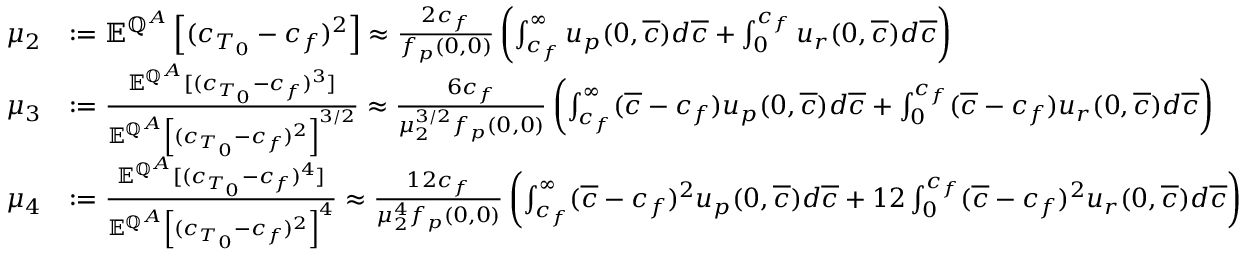
\begin{array} { r l } { \mu _ { 2 } } & { : = { \mathbb E } ^ { { \mathbb Q } ^ { A } } \left[ ( c _ { T _ { 0 } } - c _ { f } ) ^ { 2 } \right] \approx \frac { 2 c _ { f } } { f _ { p } ( 0 , 0 ) } \left( \int _ { c _ { f } } ^ { \infty } u _ { p } ( 0 , \overline { { c } } ) d \overline { { c } } + \int _ { 0 } ^ { c _ { f } } u _ { r } ( 0 , \overline { { c } } ) d \overline { { c } } \right) } \\ { \mu _ { 3 } } & { : = \frac { { \mathbb E } ^ { { \mathbb Q } ^ { A } } [ ( c _ { T _ { 0 } } - c _ { f } ) ^ { 3 } ] } { { \mathbb E } ^ { { \mathbb Q } ^ { A } } \left[ ( c _ { T _ { 0 } } - c _ { f } ) ^ { 2 } \right] ^ { 3 / 2 } } \approx \frac { 6 c _ { f } } { \mu _ { 2 } ^ { 3 / 2 } f _ { p } ( 0 , 0 ) } \left( \int _ { c _ { f } } ^ { \infty } ( \overline { { c } } - c _ { f } ) u _ { p } ( 0 , \overline { { c } } ) d \overline { { c } } + \int _ { 0 } ^ { c _ { f } } ( \overline { { c } } - c _ { f } ) u _ { r } ( 0 , \overline { { c } } ) d \overline { { c } } \right) } \\ { \mu _ { 4 } } & { : = \frac { { \mathbb E } ^ { { \mathbb Q } ^ { A } } [ ( c _ { T _ { 0 } } - c _ { f } ) ^ { 4 } ] } { { \mathbb E } ^ { { \mathbb Q } ^ { A } } \left[ ( c _ { T _ { 0 } } - c _ { f } ) ^ { 2 } \right] ^ { 4 } } \approx \frac { 1 2 c _ { f } } { \mu _ { 2 } ^ { 4 } f _ { p } ( 0 , 0 ) } \left( \int _ { c _ { f } } ^ { \infty } ( \overline { { c } } - c _ { f } ) ^ { 2 } u _ { p } ( 0 , \overline { { c } } ) d \overline { { c } } + 1 2 \int _ { 0 } ^ { c _ { f } } ( \overline { { c } } - c _ { f } ) ^ { 2 } u _ { r } ( 0 , \overline { { c } } ) d \overline { { c } } \right) } \end{array}